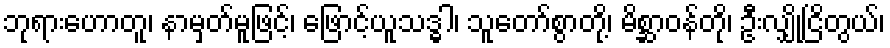
ဘုရားဟောတူ၊ နာမှတ်မူဖြင့်၊ ဖြောင့်ယူသဒ္ဓါ၊ သူတော်စွာတို့၊ မိစ္ဆာဝန်တို၊ ဦးလျှိုငြိတွယ်၊